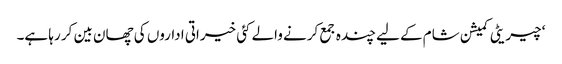
‘ چیریٹی کمیشن شام کے لیے چندہ جمع کرنے والے کئی خیراتی اداروں کی چھان بین کر رہا ہے۔